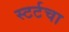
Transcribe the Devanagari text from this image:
स्टर्टचा